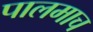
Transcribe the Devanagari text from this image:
पालमाच